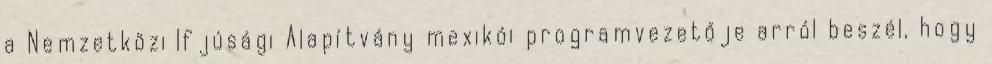
a Nemzetközi Ifjúsági Alapítvány mexikói programvezetője arról beszél, hogy